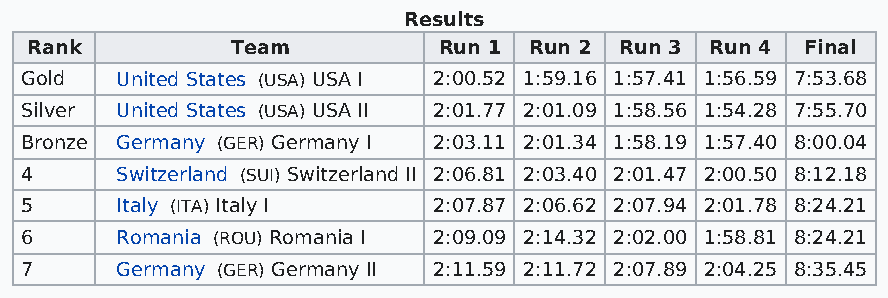
Results
 Rank         Team          Run 1 Run 2 Run 3 Run 4 Final
 Gold   United States (USA) USA I 2:00.52 1:59.16 1:57.41 1:56.59 7:53.68
 Silver United States (USA) USA II 2:01.77 2:01.09 1:58.56 1:54.28 7:55.70
 Bronze Germany (GER) Germany I 2:03.11 2:01.34 1:58.19 1:57.40 8:00.04
 4      Switzerland (SUI) Switzerland II 2:06.81 2:03.40 2:01.47 2:00.50 8:12.18
 5      Italy (ITA) Italy I  2:07.87 2:06.62 2:07.94 2:01.78 8:24.21
 6      Romania (ROU) Romania I 2:09.09 2:14.32 2:02.00 1:58.81 8:24.21
 7      Germany (GER) Germany II 2:11.59 2:11.72 2:07.89 2:04.25 8:35.45